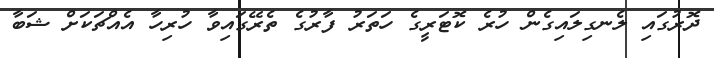
ދޮރުގައި ލެނގިލައިގެން ހުރެ ކޮޓަރީގެ ހަތަރު ފާރުގެ ތެރޭގައިވާ ހުރިހާ އެއްޗަކަށް ޝަބާ